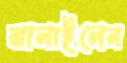
ঝালাইলেন